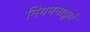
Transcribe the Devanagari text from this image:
नियमनाद्वारे